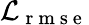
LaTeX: \mathcal{L}_{\mathrm{~r~m~s~e~}}